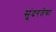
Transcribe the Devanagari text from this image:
सुंदरतेचा